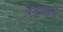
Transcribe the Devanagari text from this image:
खाइर्ं